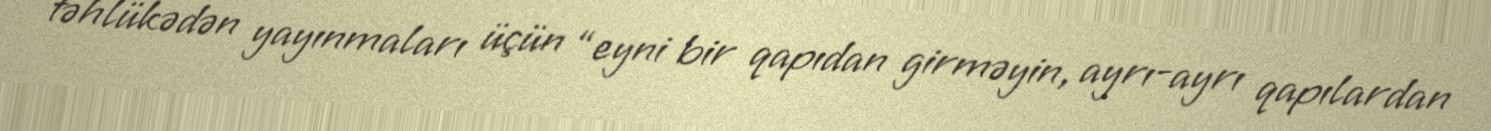
təhlükədən yayınmaları üçün “eyni bir qapıdan girməyin, ayrı-ayrı qapılardan